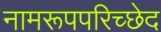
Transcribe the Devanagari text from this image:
नामरूपपरिच्छेद